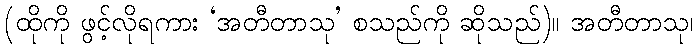
(ထိုကို ဖွင့်လိုရကား ‘အတီတာသု’ စသည်ကို ဆိုသည်)။ အတီတာသု၊